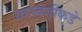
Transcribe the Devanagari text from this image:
सरस्वतींकडे